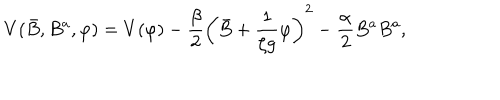
LaTeX: V ( \bar { B } , B ^ { a } , \varphi ) = V ( \varphi ) - \frac { \beta } { 2 } \left( \bar { B } + { \frac { 1 } { \zeta g } } \varphi \right) ^ { 2 } - \frac { \alpha } { 2 } B ^ { a } B ^ { a } ,